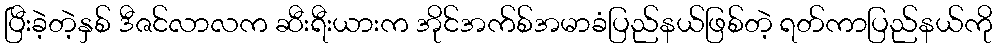
ပြီးခဲ့တဲ့နှစ် ဒီဇင်လာလက ဆီးရီးယားက အိုင်အက်စ်အမာခံပြည်နယ်ဖြစ်တဲ့ ရတ်ကာပြည်နယ်ကို